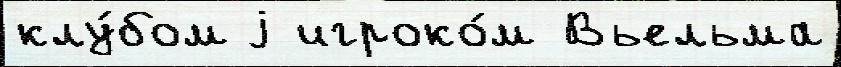
клу́бом j игроко́м Вьельма